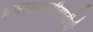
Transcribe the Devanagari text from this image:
भ्रमणध्वनीसाठीची